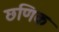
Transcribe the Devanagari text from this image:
छणिक